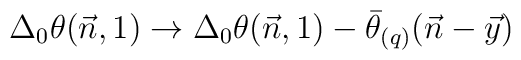
\Delta_0\theta(\vec n,1) \to\Delta_0\theta(\vec n,1) - \bar\theta_{(q)}(\vec n-\vec y)